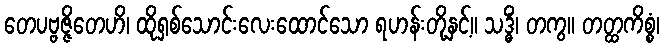
တေပဗ္ဗဇ္ဇိတေဟိ၊ ထိုရှစ်သောင်းလေးထောင်သော ရဟန်းတို့နှင့်။ သဒ္ဓိံ၊ တကွ။ တတ္ထကိစ္စံ၊